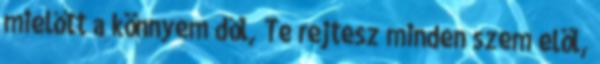
mielőtt a könnyem dől, Te rejtesz minden szem elöl,